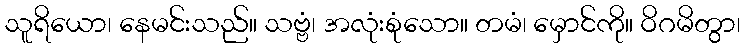
သူရိယော၊ နေမင်းသည်။ သဗ္ဗံ၊ အလုံးစုံသော။ တမံ၊ မှောင်ကို။ ဝိဂမိတွာ၊